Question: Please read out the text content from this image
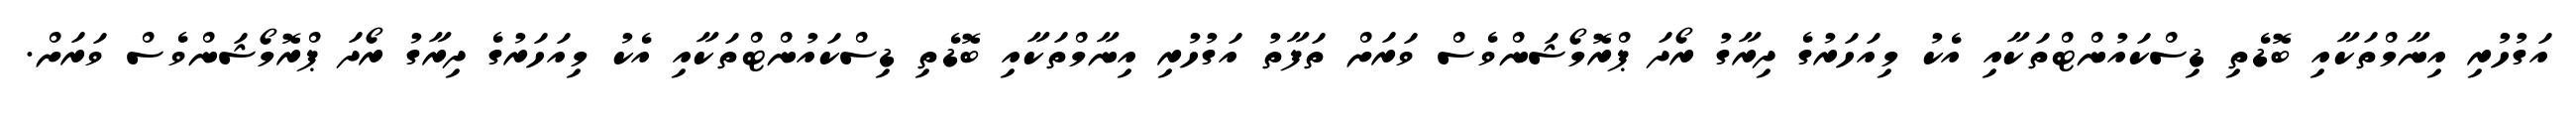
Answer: އަގުހުރި އިނާމްތަކާއި ބޮޑެތި ޑިސްކައުންޓްތަކާއި އެކު މިއަހަރުގެ ދިރާގު ރޯދަ ޕްރޮމޯޝަންވެސް ވަރަށް ތަފާތު އަގުހުރި އިނާމްތަކާއި ބޮޑެތި ޑިސްކައުންޓްތަކާއި އެކު މިއަހަރުގެ ދިރާގު ރޯދަ ޕްރޮމޯޝަންވެސް ވަރަށް.